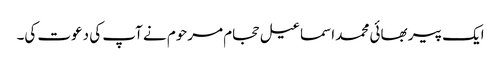
ایک پیر بھائی محمد اسماعیل حجام مرحوم نے آپ کی دعوت کی۔